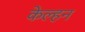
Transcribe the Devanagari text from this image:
केल्हन